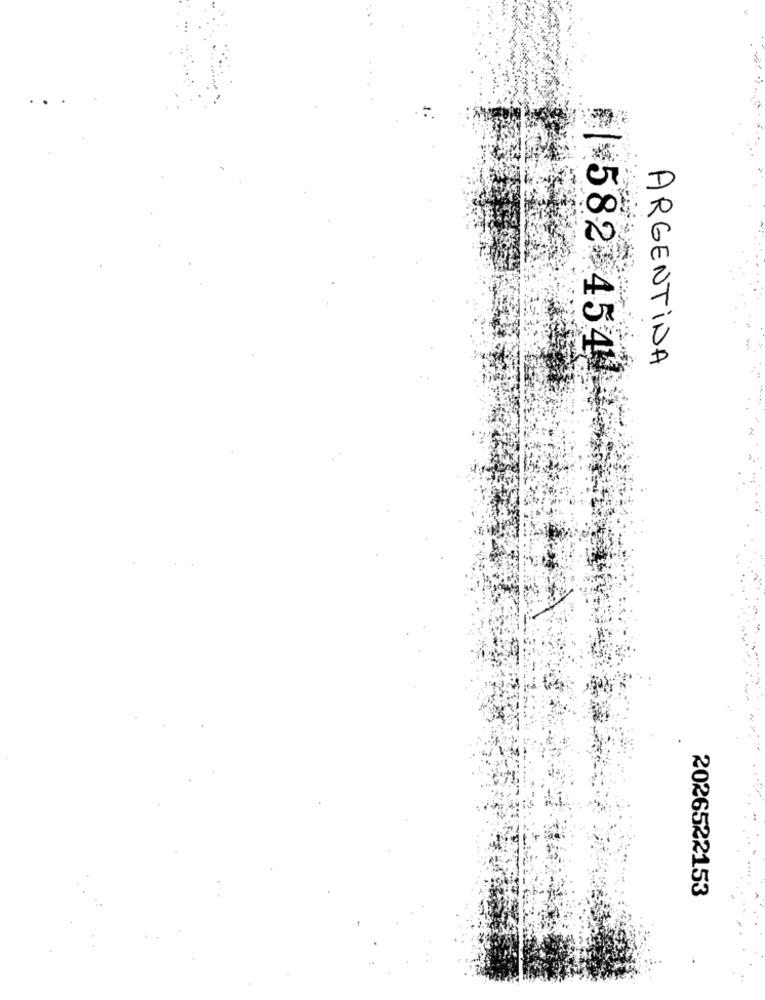
ARGENTINA
¥¥582 454!
2026522153